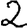
Digit: 2